Elephants and their diseases
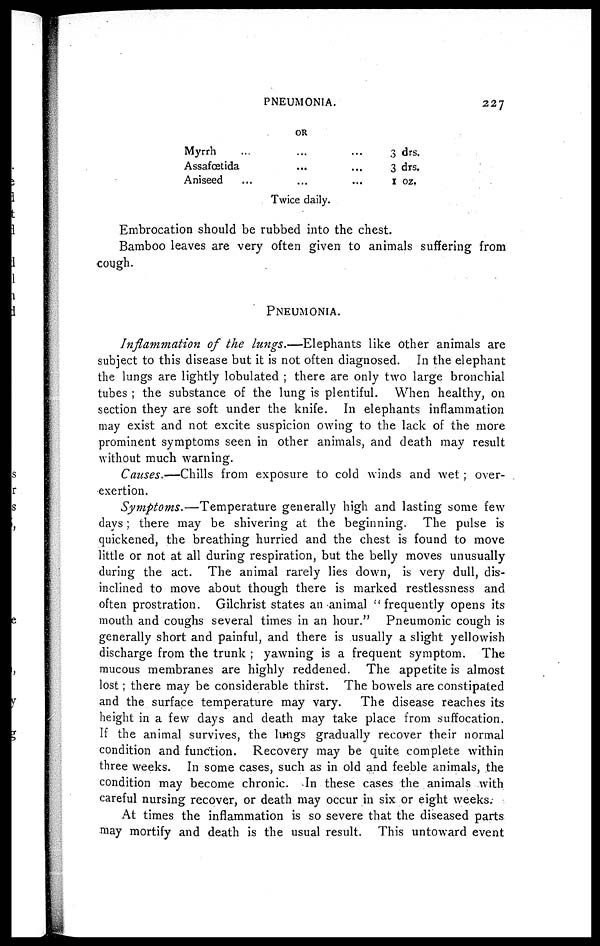
PNEUMONIA.
227
OR
Myrrh ... ... ...
Assafœtida ... ... ...
Aniseed ... ... ...
3 drs.
3 drs.
1 oz.
Twice daily.
Embrocation should be rubbed into the chest.
Bamboo leaves are very often given to animals suffering from
cough.
PNEUMONIA.
Inflammation of the lungs.—Elephants
like other animals are
subject to this disease but it is not often diagnosed. In the elephant
the lungs are lightly lobulated ; there are only two large bronchial
tubes ; the substance of the lung is plentiful. When healthy, on
section they are soft under the knife. In elephants inflammation
may exist and not excite suspicion owing to the lack of the more
prominent symptoms seen in other animals, and death may result
without much warning.
Causes.—Chills from exposure to cold winds and wet ; over-
exertion.
Symptoms.—Temperature
generally high and lasting some few
days ; there may be shivering at the beginning. The pulse is
quickened, the breathing hurried and the chest is found to move
little or not at all during respiration, but the belly moves unusually
during the act. The animal rarely lies down, is very dull, dis-
inclined to move about though there is marked restlessness and
often prostration. Gilchrist states an animal "frequently opens its
mouth and coughs several times in an hour." Pneumonic cough is
generally short and painful, and there is usually a slight yellowish
discharge from the trunk ; yawning is a frequent symptom. The
mucous membranes are highly reddened. The appetite is almost
lost ; there may be considerable thirst. The bowels are constipated
and the surface temperature may vary. The disease reaches its
height in a few days and death may take place from suffocation.
If the animal survives, the lungs gradually recover their normal
condition and function. Recovery may be quite complete within
three weeks. In some cases, such as in old and feeble animals, the
condition may become chronic. In these cases the animals with
careful nursing recover, or death may occur in six or eight weeks.
At times the inflammation is so severe that the diseased parts
may mortify and death is the usual result. This untoward event